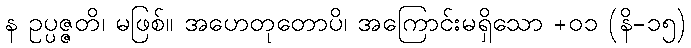
န ဥပ္ပဇ္ဇတိ၊ မဖြစ်။ အဟေတုတောပိ၊ အကြောင်းမရှိသော +၀၁ (နိ-၁၅)